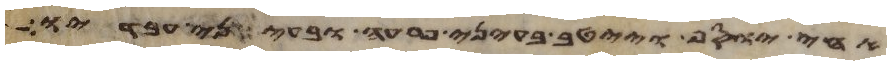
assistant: אחי יוסף וייטב בעיני פרעה ובעיני עבדיו